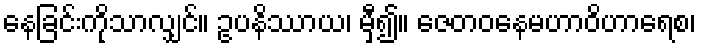
နေခြင်းကိုသာလျှင်။ ဥပနိဿာယ၊ မှီ၍။ ဇေတဝနေမဟာဝိဟာရေစ၊